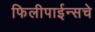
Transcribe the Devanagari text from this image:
फिलीपाईन्सचे